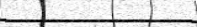
١٠